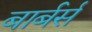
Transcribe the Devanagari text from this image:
बार्बर्स